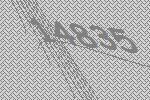
14835